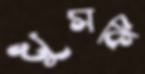
খুসকি